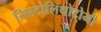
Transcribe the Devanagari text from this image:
सिस्टोलिथोटोमी